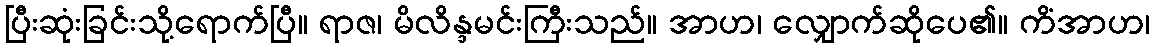
ပြီးဆုံးခြင်းသို့ရောက်ပြီ။ ရာဇ၊ မိလိန္ဒမင်းကြီးသည်။ အာဟ၊ လျှောက်ဆိုပေ၏။ ကိံအာဟ၊